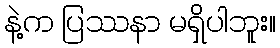
နဲ့က ပြဿနာ မရှိပါဘူး။